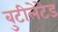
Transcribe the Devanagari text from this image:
बुटीलेटेड